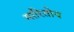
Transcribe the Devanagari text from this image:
मारितोय